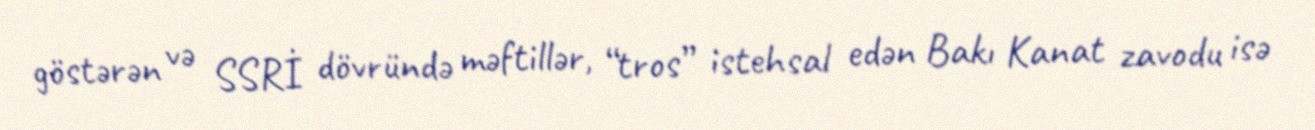
göstərən və SSRİ dövründə məftillər, “tros” istehsal edən Bakı Kanat zavodu isə